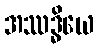
အဿဒ္ဓိယေ